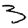
Digit: 3